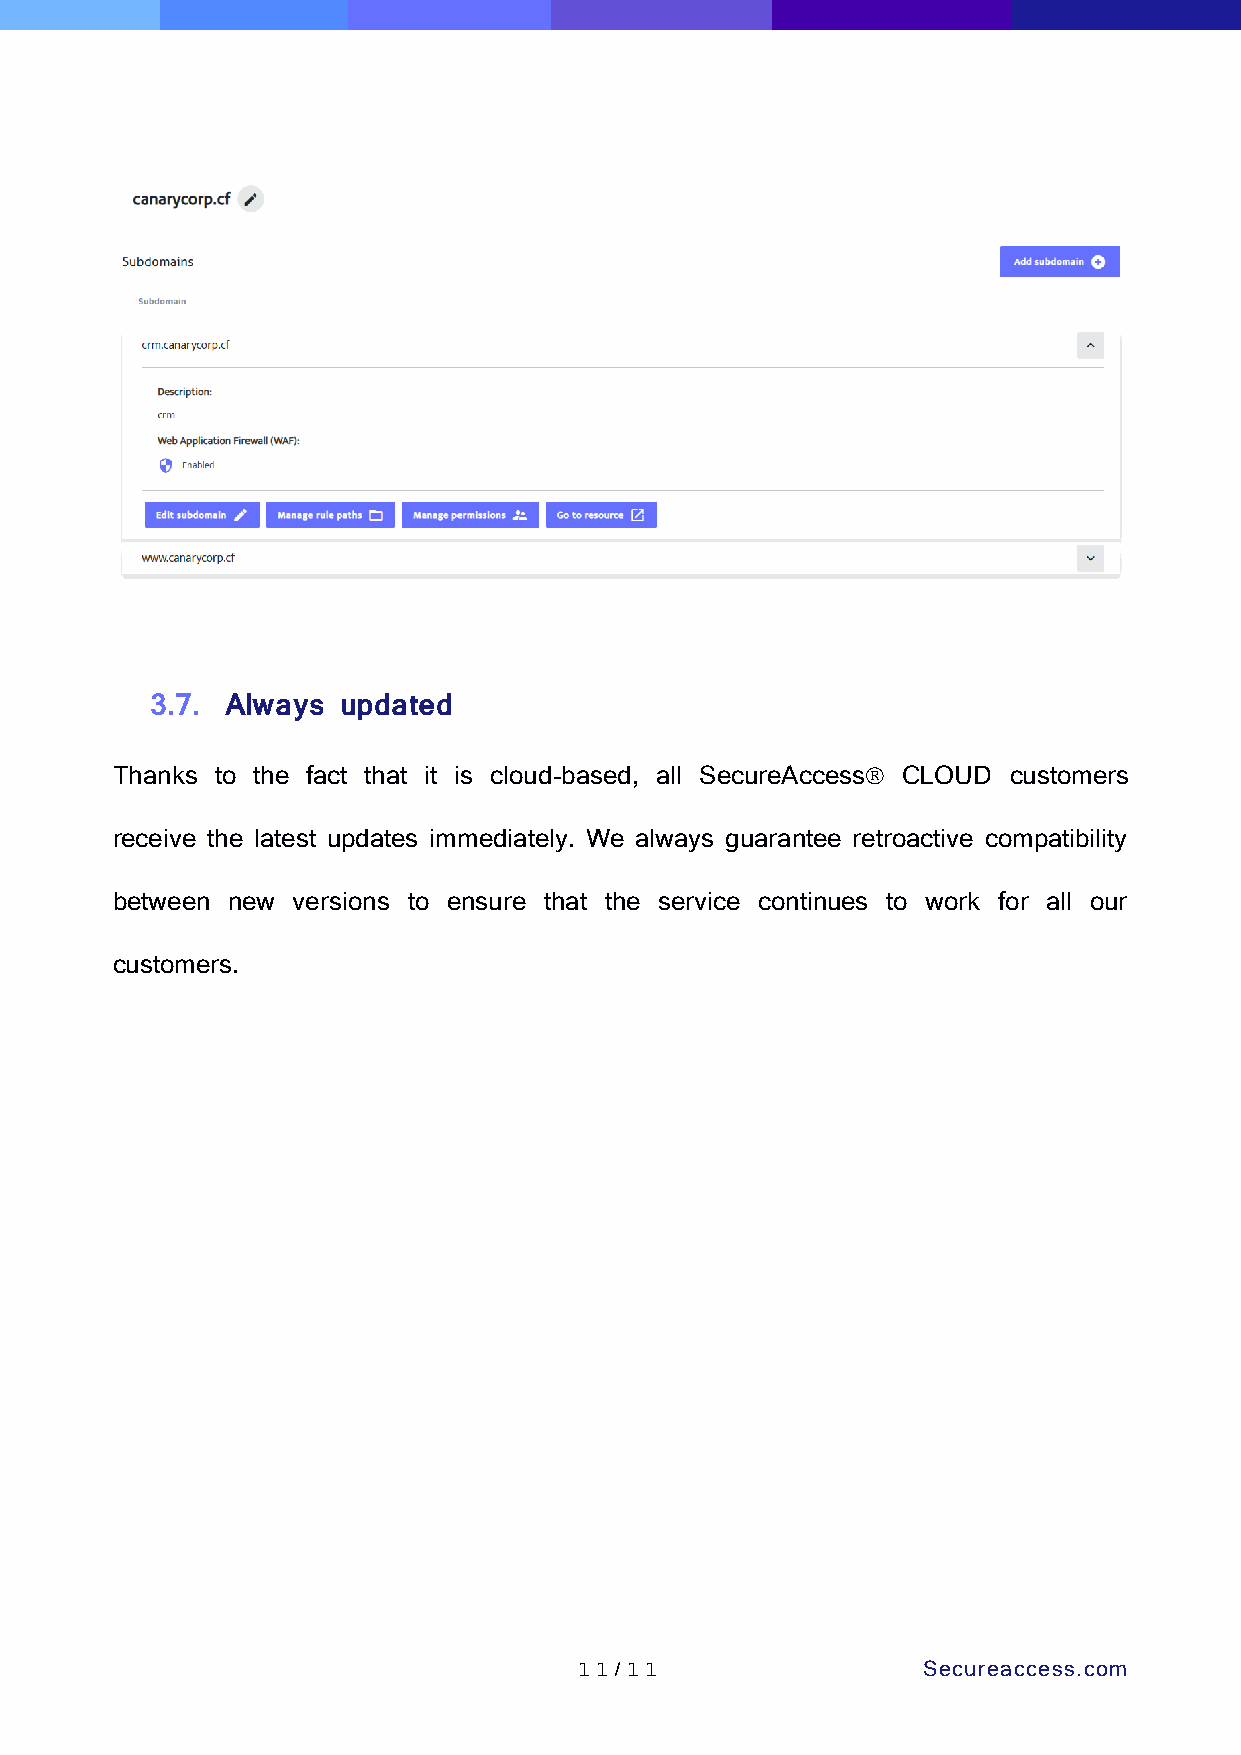
3.7. Always updated
 Thanks to the fact that it is cloud-based, all SecureAccess CLOUD customers
 receive the latest updates immediately. We always guarantee retroactive compatibility
 between new versions to ensure that the service continues to work for all our
 customers.
 1 1 /1 1               Secureaccess.com